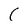
Character: C